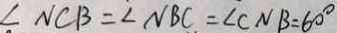
\angle N C B = \angle N B C = \angle C N B = 6 0 ^ { \circ }